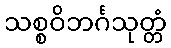
သစ္စဝိဘင်္ဂသုတ္တံ